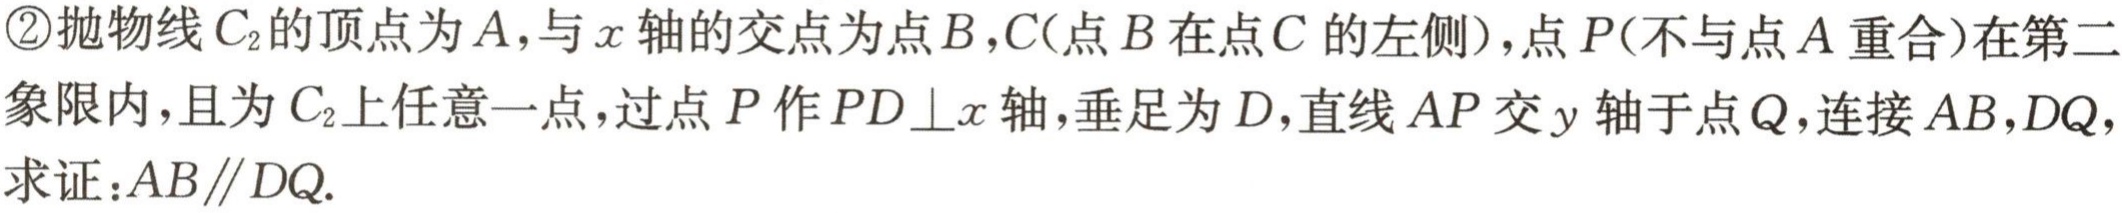
\textcircled{2}抛物线\(C_{2}\)的顶点为\(A\)，与\(x\)轴的交点为点\(B\)，\(C\)(点\(B\)在点\(C\)的左侧)，点\(P\)(不与点\(A\)重合)在第二象限内，且为\(C_{2}\)上任意一点，过点\(P\)作\(PD\perp x\)轴，垂足为\(D\)，直线\(AP\)交\(y\)轴于点\(Q\)，连接\(AB\)，\(DQ\)，求证：\(AB\parallel DQ\).